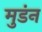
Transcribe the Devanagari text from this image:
मुडंन